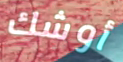
أوشك